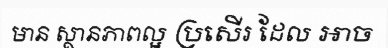
មាន ស្ថានភាពល្អ ប្រសើរ ដែល អាច